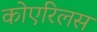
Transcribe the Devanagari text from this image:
कोएरिलस